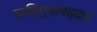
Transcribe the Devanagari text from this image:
चारित्र्याबद्दल